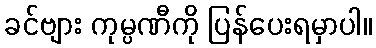
ခင်ဗျား ကုမ္ပဏီကို ပြန်ပေးရမှာပါ။